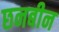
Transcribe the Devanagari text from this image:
छनबीन